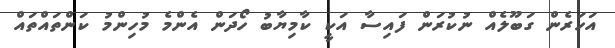
އަހަރެން ގަބޫލެއް ނުކުރަން ފައިސާ އަކީ ކާމިޔާބު ހޯދަން އެންމެ މުހިންމު ކަންތައްތައް